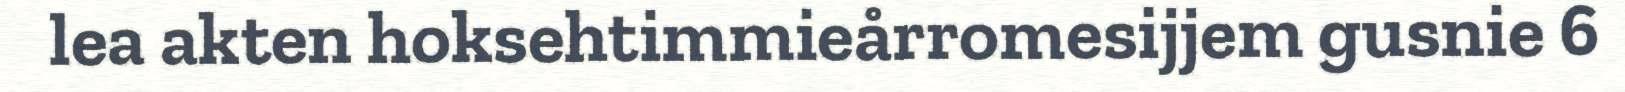
lea akten hoksehtimmieårromesijjem gusnie 6